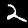
Digit: 2